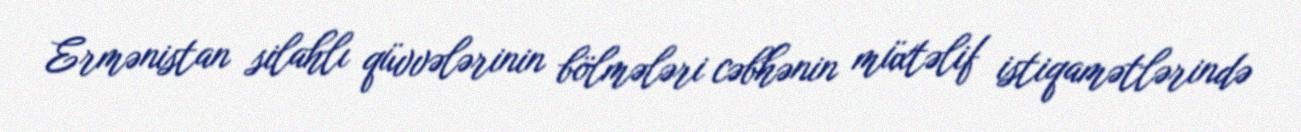
Ermənistan silahlı qüvvələrinin bölmələri cəbhənin müxtəlif istiqamətlərində